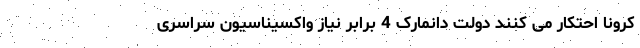
کرونا احتکار می کنند دولت دانمارک 4 برابر نیاز واکسیناسیون سراسری